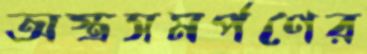
অস্ত্রসমর্পণের